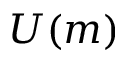
U ( m )